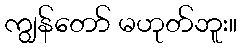
ကျွန်တော် မဟုတ်ဘူး။